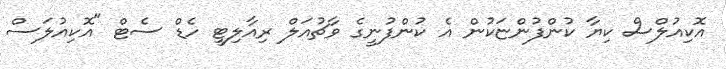
އޮކިއުލްސް ކިޔާ ކުންފުންޏަކުން އެ ކުންފުނީގެ ވާޗުއަލް ރިއާލިޓީ ހެޑް ސެޓް "އޮކިއުލަސް